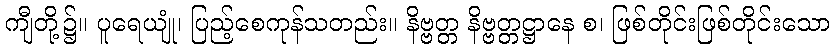
ကျီတို့၌။ ပူရေယျုံ၊ ပြည့်စေကုန်သတည်း။ နိဗ္ဗတ္တ နိဗ္ဗတ္တဋ္ဌာနေ စ၊ ဖြစ်တိုင်းဖြစ်တိုင်းသော